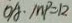
O A \cdot M P = 1 2